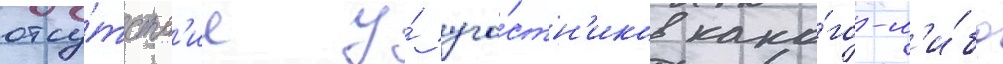
отсу́тств'ие у́ уча́стн'иков како́го-л'и́бо